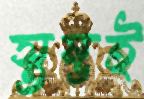
স্তম্ভই